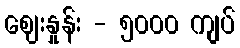
ဈေးနှုန်း - ၅၀၀၀ ကျပ်